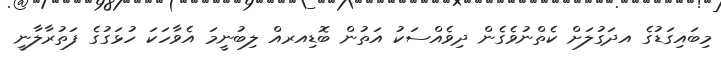
މިބައިގަޑުގެ އދަގުލަށް ކެތްނުވެގެން ދިވެއްސަކު އަތުން ބޮޑިއރއް ލިބުނީމަ އެވާހަކަ ހުޅަގުގެ ފަތުރާލާނީ